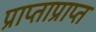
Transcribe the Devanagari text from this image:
प्राप्ताप्राप्त